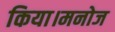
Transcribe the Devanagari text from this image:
किया।मनोज